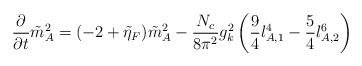
LaTeX: \begin{align*}\frac{\partial}{\partial t}\tilde m^2_A=(-2+\tilde\eta_F)\tilde m^2_A-\frac{N_c}{8\pi^2}g^2_k\left(\frac{9}{4}l_{A,1}^4-\frac{5}{4}l^6_{A,2}\right)\end{align*}